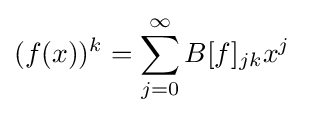
(f(x))^{k}=\sum _{j=0}^{\infty }B[f]_{jk}x^{j}~